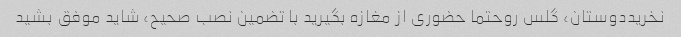
نخرید‌دوستان، گلس رو‌حتما حضوری از مغازه بگیرید با تضمین نصب صحیح، شاید موفق بشید